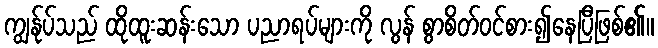
ကျွန်ုပ်သည် ထိုထူးဆန်းသော ပညာရပ်များကို လွန် စွာစိတ်ဝင်စား၍နေပြီဖြစ်၏။